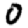
Digit: 0